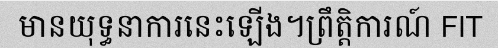
មានយុទ្ធនាការនេះឡើង។ព្រឹត្តិការណ៍ FIT